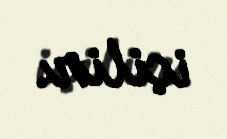
içilir.